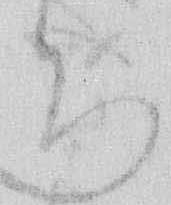
ち